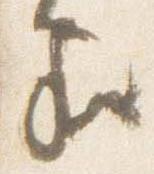
家